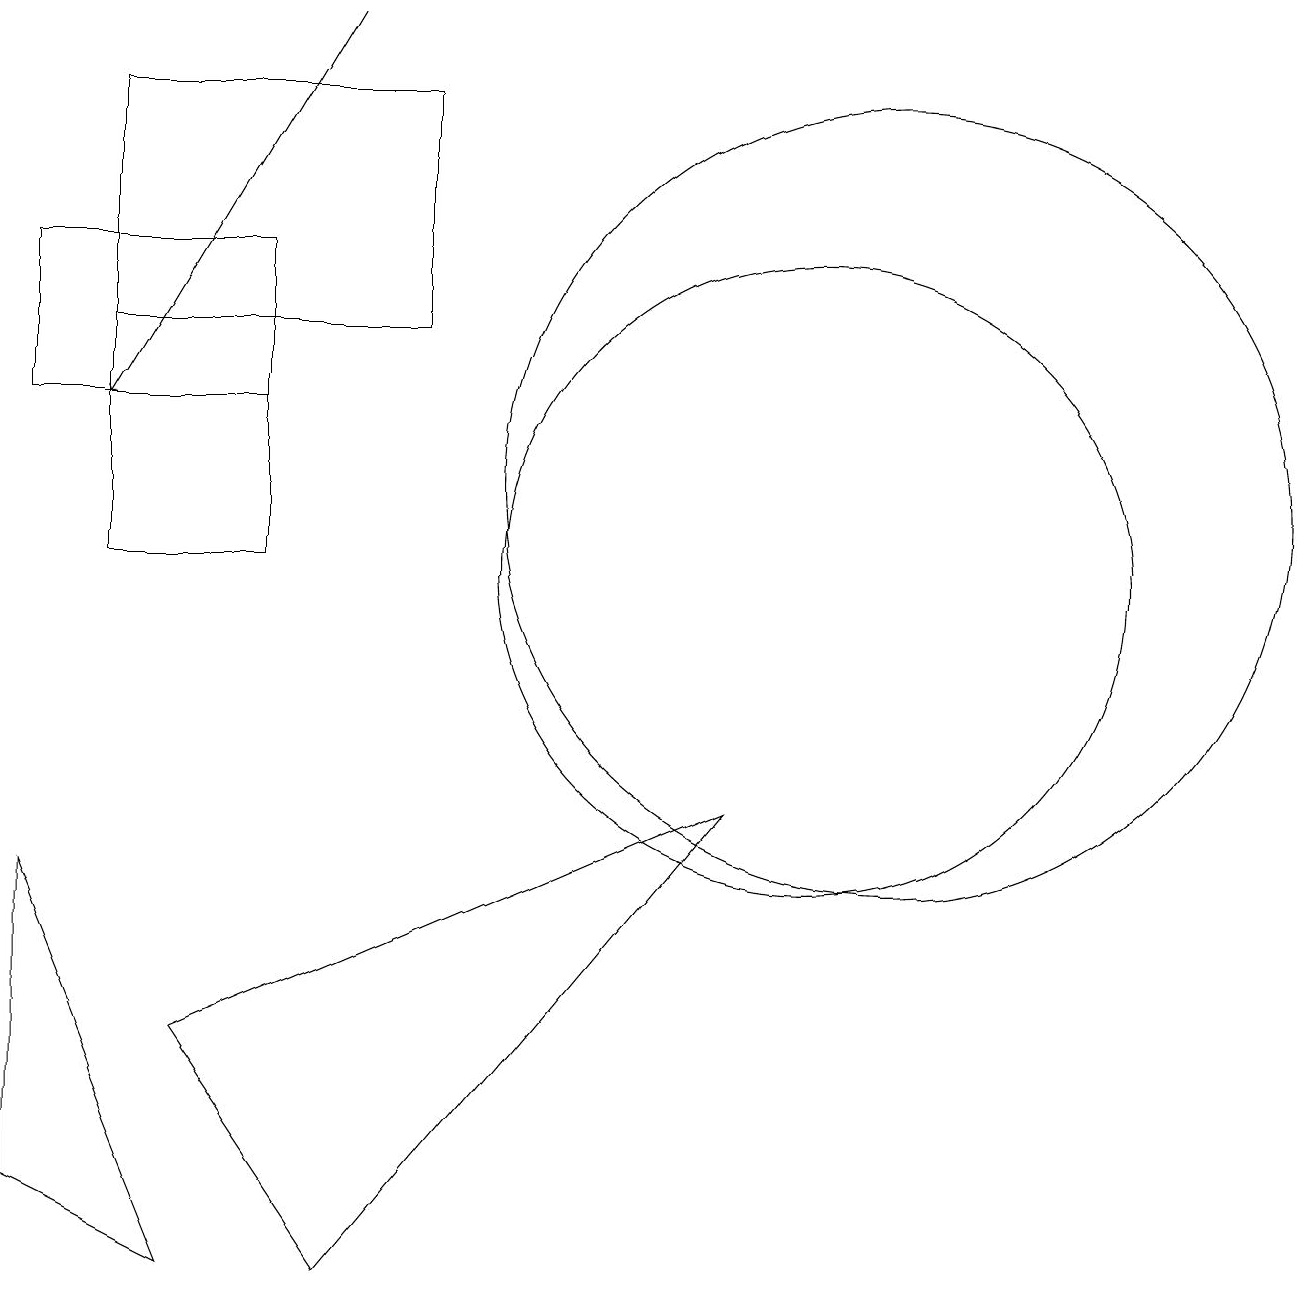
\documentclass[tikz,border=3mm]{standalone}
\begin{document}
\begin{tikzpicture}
\draw (4,2) -- (2,5) -- (9,8) -- cycle;
\draw[->] (4,18) -- (1,13);
\draw (10,11) circle (4);
\draw (1,15) rectangle (3,11);
\draw (0,13) rectangle (3,15);
\draw (11,12) circle (5);
\draw (2,2) -- (0,3) -- (0,7) -- cycle;
\draw (1,14) rectangle (5,17);
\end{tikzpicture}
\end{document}